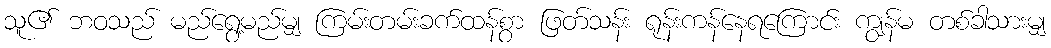
သူ၏ ဘဝသည် မည်ရွေ့မည်မျှ ကြမ်းတမ်းခက်ထန်စွာ ဖြတ်သန်း ရုန်းကန်နေရကြောင်း ကျွန်မ တစ်ခါသားမျှ